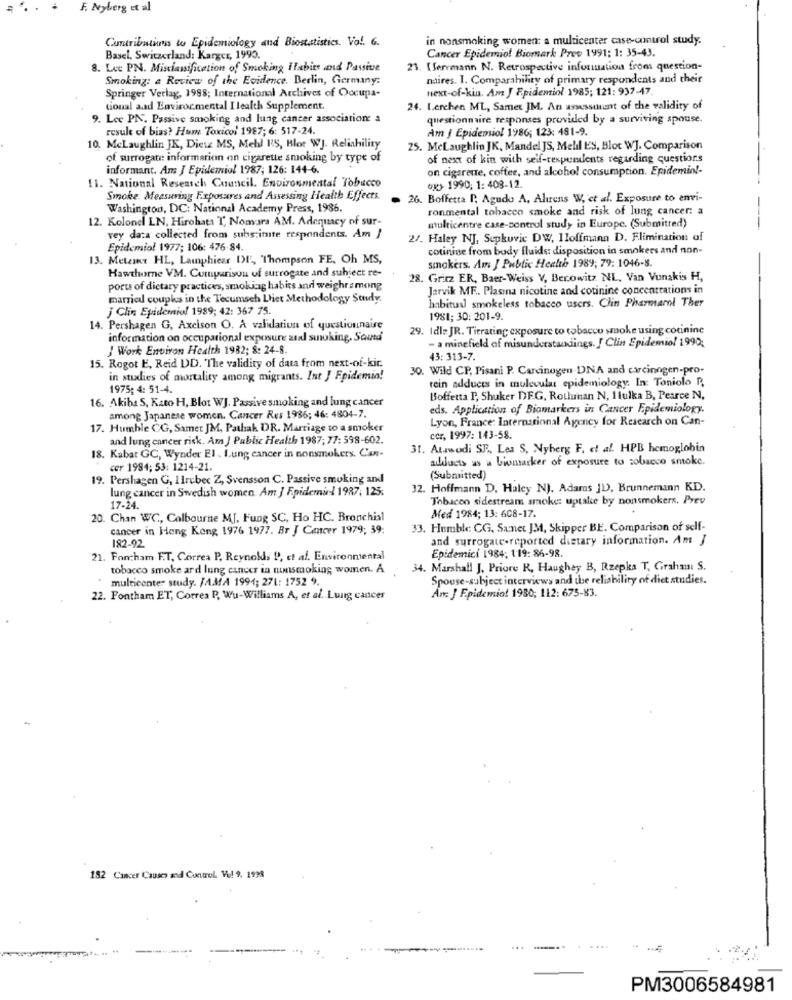
F. Nyberg et al
Contributions to Epidemiology and Biostatistics. Vol. 6.
in nonsmoking women: a multicenter case-control study.
Cancer Epidemio! Biomark Prev 1991: 1: 35-43.
Basel, Switzerland: Karger, 1990.
8. Lec PN. Misclassification of Smoking Habits and Passive
23. [ Serrmann N. Retrospective information from question-
Smoking: a Review of the Evidence, Berlin, Germany:
naires. I. Comparability of primary respondents and their
Springer Verlag, 1988; International Archives of Occupa-
next-of-kin. Am J Epidemiol 1985; 121: 937-47.
tional aad Environmental I lealth Supplement.
24. Lerchen ML, Samet JM. An avsessuunt of the validity of
9. Lee PIS. Passive smoking and lung cancer associations a
questionnaire responses provided by a surviving spouse.
result of bias? Hum Toxicol 1987; 6: 517-24.
Am J Epidemiol 1986; 123: 481-9.
10. MeLaughlin JK, Diew MS, Meld ES, Blot WJ. Reliability
25. Mclaughlin JK, Mandel JS, Mell ES, Blot WJ. Comparison
of surrogate: information on cigarette smoking by type of
of next of kin with self-respundents regarding questions
informant. Am J Epidemiol 1987; 126: 144-6.
on cigarette, coffee, and alcohol consumption. Epidemiol-
11. National Research Council. Environmental Tobacco
ox> 1990; 1: 408-12
Smoke. Measuring F.xposares and Assessing Health Effects.
26. Boffetta l', Agudo A, Aliens W, et al. Exposure to envi-
Washington, DC: National Academy Press, 1986.
ronmental tobacco smoke and risk of lung cancer: a
12. Kolonel LN, Hirobata T, Nomura AM. Adequacy of sur-
multicentre case-control study in Europe. (Submitred)
vey data collected from subs inte respondents. Am J
2/. Haley NJ, Sepkovic DW, Iloffmann D. Elimination of
Epidemiol 1977; 106: 476-84.
cotinine from body fluids: disposition in smokers and non-
13. Meter HL, Lamphicar DU, "Thompson FE, Oh MS,
Hawthorne VM. Comparison of surrogate and subject re-
smokers. Am J Public Health 1989; 79: 1046-8.
28. Gritz ER, Baer-Weiss V, Berowitz NL, Van Vunakis H,
ports of dietary practices, smoking habits and weighramong
Jarvik MF .. Plasma nicotine and cotinine conceattations in
married coupks in the Tecumseh Diet Methodology Study.
J Clin Epidemio! 1989; 42: 367 75.
habitual smokeless tobacco users. Clin Pharmarol Ther
1981; 30: 201-9.
14. Pershagen G, Axcison O. A validation of questionnaire
29. Idle JR. Tirrating exposure to tobacco smoke using cotinine
information on occupational exposure aual suoking. Soutd'
- a minefield of misunderstandings. J Clin Epidemiol 1990;
J Work Environ Health 1982; 8: 24-8.
15. Rogot E, Reid DD. The validity of data from next-of-kir.
43: 313-7.
30. Wild CP, Pisani P. Carcinogen-DNA and carcinogen-pro-
in studies of mortality among migrants. Int J Epidemia!
rein adducts in molecular epidemiology. In: Taniolo P,
1975; 4: 51-4.
16. Akiba S, Kato H, Blot WJ. Passive smoking and lung cancer
Boffetta P, Shuker DF.G, Rotlunan N, 1 lulka B, Pearce N.
eds. Application of Biomarkers in Cancer Epidemiology.
among Japanese women. Cancer Res 1986; 46: 4804-7.
Lyon, France: International Agency for Research on Can-
17. Humble CG, Samet JM, Pathak DR. Marriage to a smoker
and lung cancer risk. Am J Public Health 1987; 77: 598-602.
cer, 1997: 143-58.
31. Atawodi SF ., Les S, Nyberg F, et al. HPB hemoglobin
18. Kabar GC, Wynder El . I.ung cancer in nonsmokers. Can-
addducts as a biomarker of exposure to sobacco smoke.
cer 1994; 53: 1214-21.
19. Pershagen G, Ilrebec Z, Svensson C. Passive smoking and
(Submitted)
lung cancer in Swedish women. Am J Epidemiel 1987; 125:
32. Hoffmann D, Haley NJ. Adams JD, Brunnemann KD.
Tobacon sidestream smoke: uptake by nonsmokers. Prev
17-24
20. Chan WC, Colbourne MJ, Fung SC, Ho HC. Bronchial
Med 1984; 13: 608-17.
cancer in Hong Kong 1976 1977. Br J Cancer 1979; 39:
33. Humble: CG, Saner JM, Skipper BE. Comparison of self-
and surrogate-reported dietary information. Am J
182-92
Epidemici 1984; 119: 86-98.
21. Fontham F.T. Correa P. Reynolds P), et al. Environmental
tobacco smoke ard lung cancer ia nunsmoking women. A
34. Marshall J, Priore R, Haughey B, Rzepka T, Grahami S.
" multicenter study. JAMA 1994; 271: 1752 9.
Spouse-subject interviews and the reliability of diet studies.
22. Fontham ET, Correa P, Wu-Williams A, et al. Lung cancer
An: } Epidemiot 1980; 112: 675-83.
182 Cancer Causes and Control Vul 9. 1938
PM3006584981